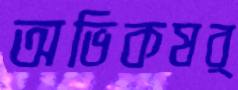
অভিকষর্